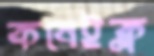
কষেইক্ল